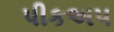
પીકઅપ